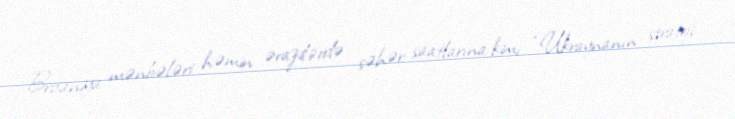
Britaniya mənbələri həmin ərazilərdə səhər saatlarına kimi “Ukraynanın strateji